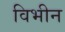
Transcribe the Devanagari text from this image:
विभीन